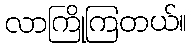
လာကြိုကြတယ်။